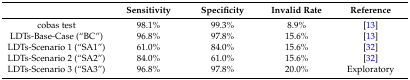
<table><thead><tr><td></td><td><b>Sensitivity</b></td><td><b>Specificity</b></td><td><b>Invalid Rate</b></td><td><b>Reference</b></td></tr></thead><tbody><tr><td>cobas test</td><td>98.1%</td><td>99.3%</td><td>8.9%</td><td>[13]</td></tr><tr><td>LDTs-Base-Case (“BC”)</td><td>96.8%</td><td>97.8%</td><td>15.6%</td><td>[13]</td></tr><tr><td>LDTs-Scenario 1 (“SA1”)</td><td>61.0%</td><td>84.0%</td><td>15.6%</td><td>[32]</td></tr><tr><td>LDTs-Scenario 2 (“SA2”)</td><td>84.0%</td><td>61.0%</td><td>15.6%</td><td>[32]</td></tr><tr><td>LDTs-Scenario 3 (“SA3”)</td><td>96.8%</td><td>97.8%</td><td>20.0%</td><td>Exploratory</td></tr></tbody></table>